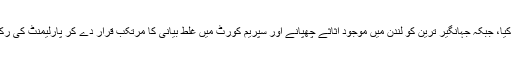
انہوں نے فلک شگاف اظہارِ مسرت کیا، جبکہ جہانگیر ترین کو لندن میں موجود اثاثے چھپانے اور سپریم کورٹ میں غلط بیانی کا مرتکب قرار دے کر پارلیمنٹ کی رکنیت کے لئے نااہل قرار دے دیا گیا۔